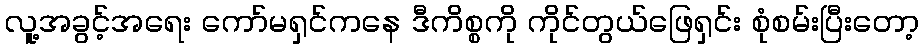
လူ့အခွင့်အရေး ကော်မရှင်ကနေ ဒီကိစ္စကို ကိုင်တွယ်ဖြေရှင်း စုံစမ်းပြီးတော့